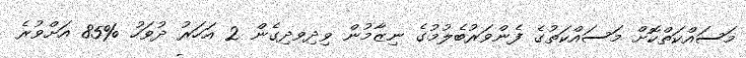
މަސައްކަތްކޮށް މަސައްކަތުގެ ފެންވަރުބެލުމުގެ ނިޒާމުން ވިދިވދިގެން 2 އަހަރު ދުވަހު %85 އަށްވުރެ